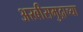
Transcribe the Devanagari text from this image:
अरबीसमुद्राच्या